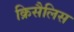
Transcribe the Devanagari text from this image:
क्रिसैलिस